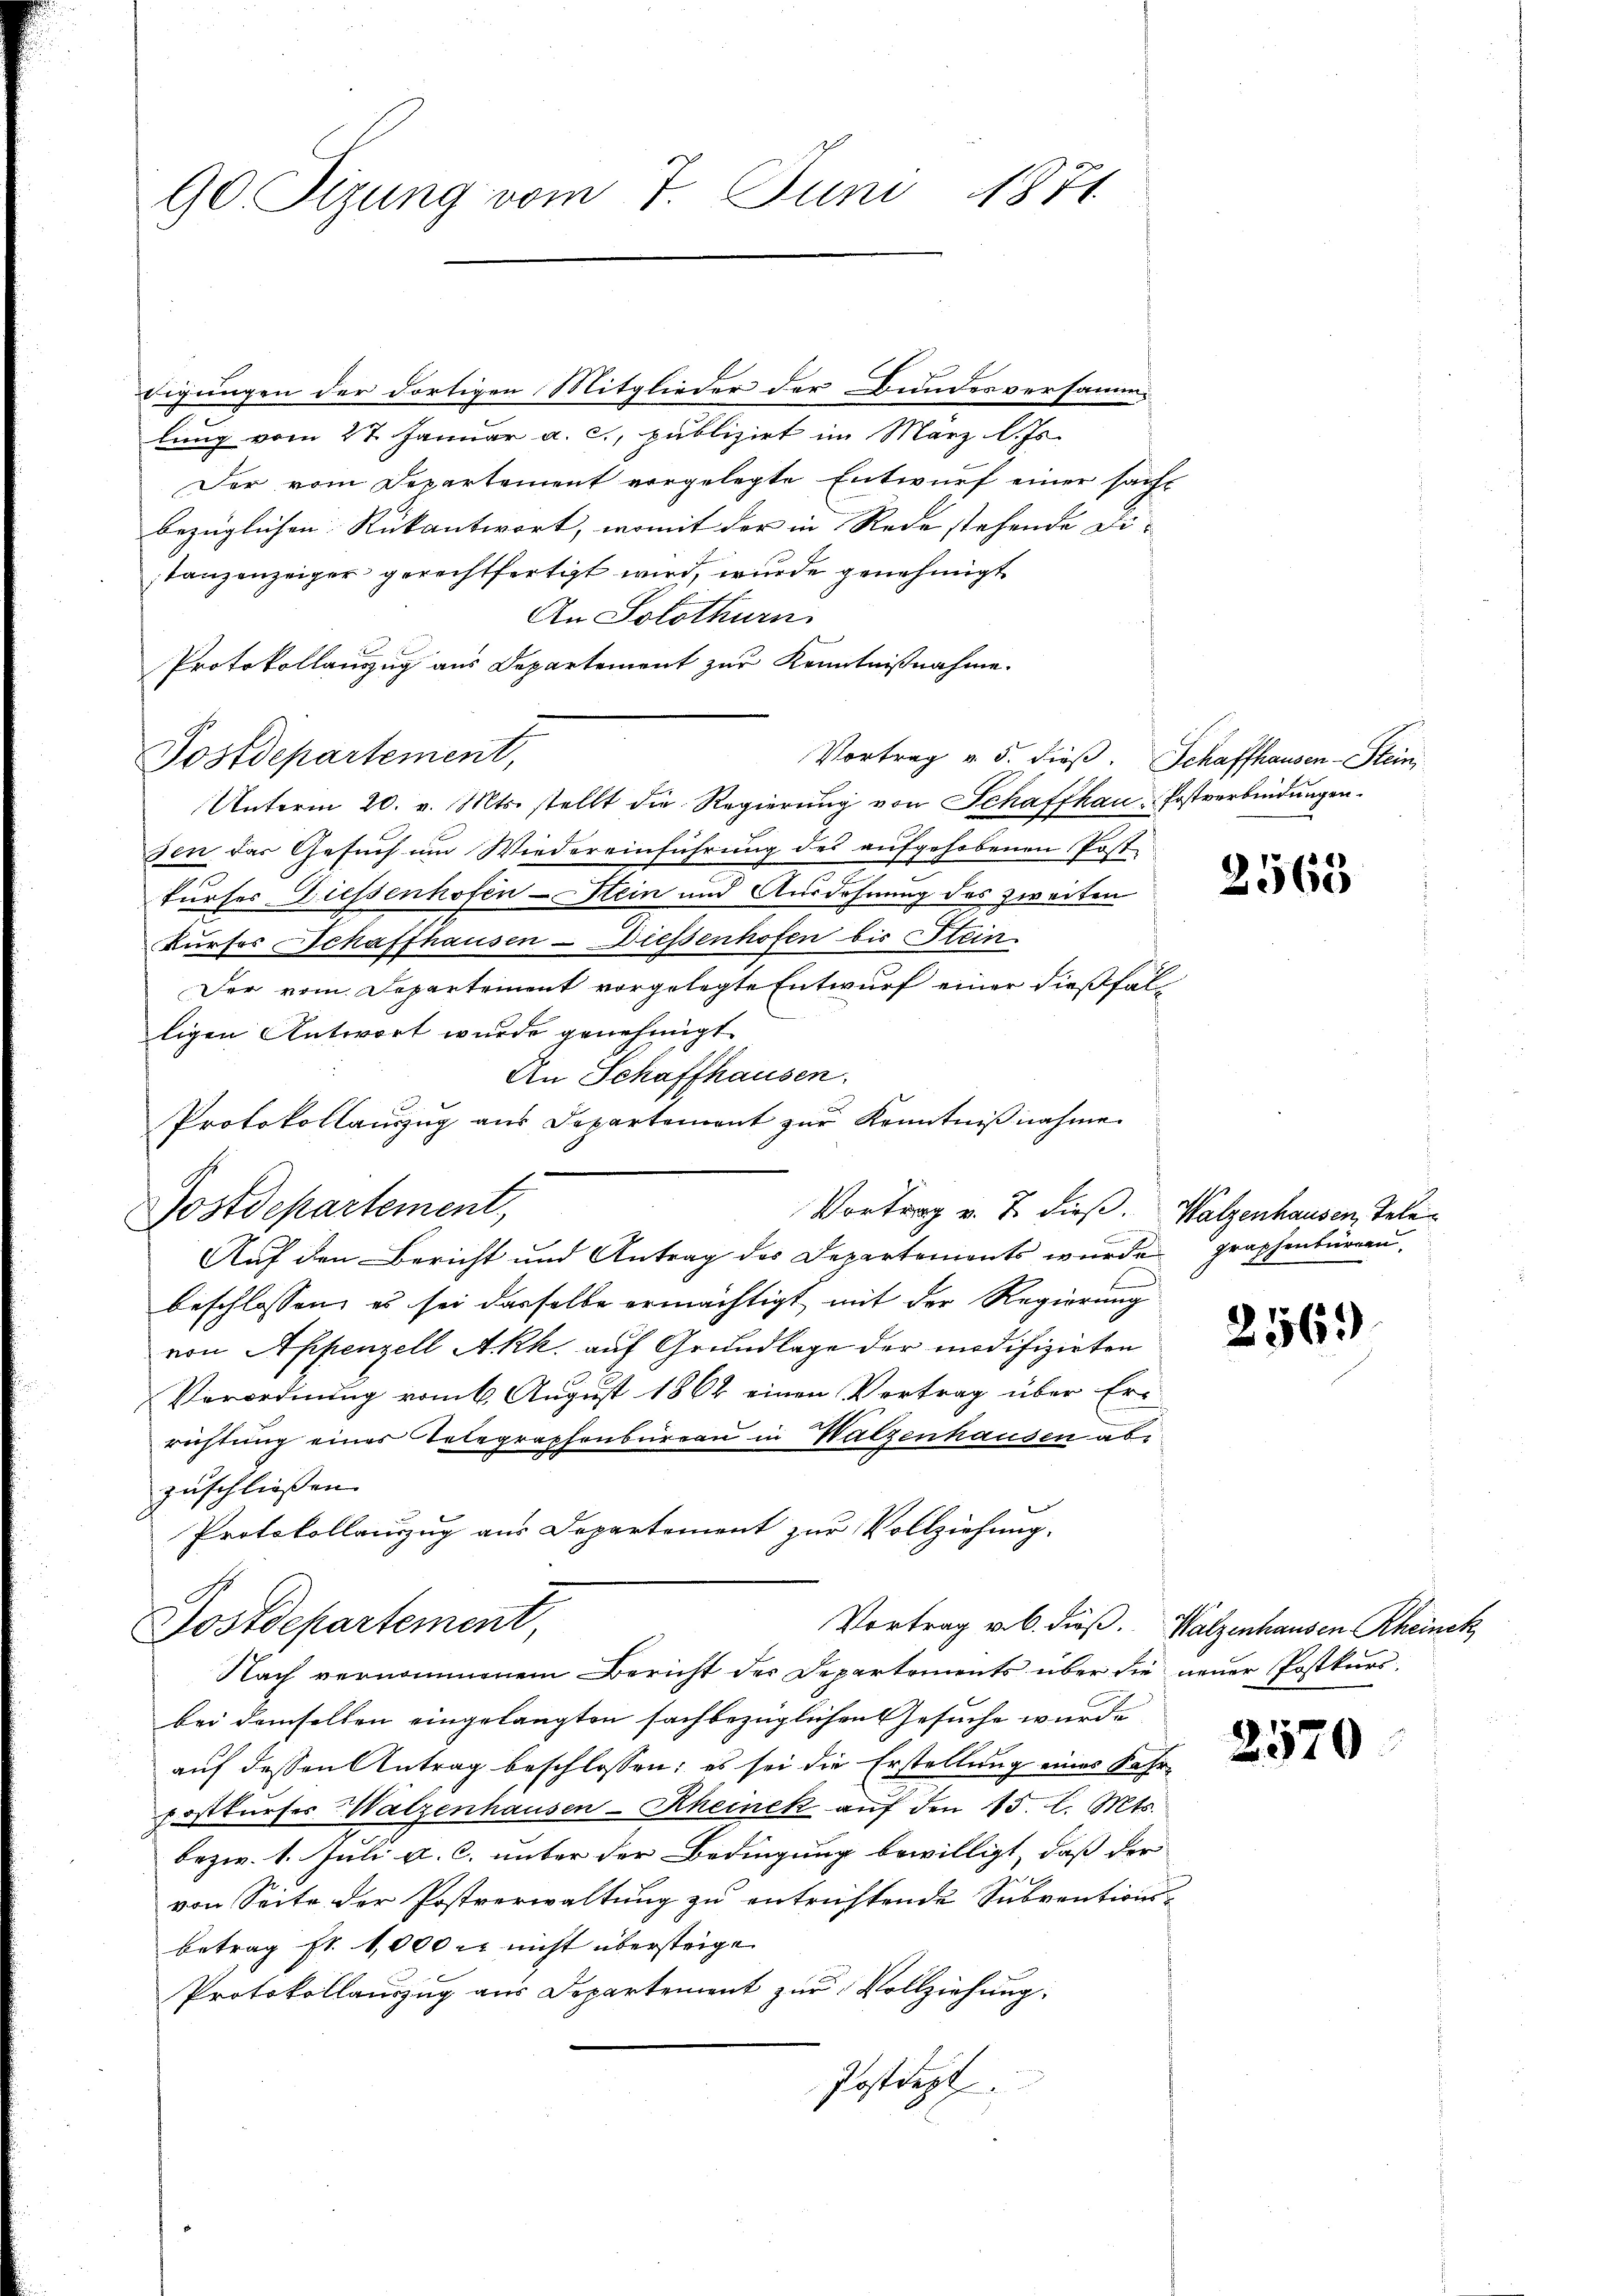
90 Tizung vom 7. Juni 1871

digungen der dortigen Mitglieder der Bundesversamm
lung vom 27. Januar a. c., publizirt im März l. Js.
Der vom Departement vorgelegte Entwurf einer sacht
bezüglichen Rükantwort, womit der in Rede stehende Ditanzenzeiger gerechtfertigt wird, wurde genehmigt
An Solothurn
Protokollanzug aus Departement zur Kenntnißnahme.
Postdepartement,
Vortrag v. 5. dieß. Schaffhausen-Stein
Unterm 20. v. Mts. stellt die Regierung von Schaffhau-Postverbindungen.
sen das Gesuch um Wiedereinführung des aufgehobenen Post
n
kurses Diessenhofen - Hein und Ausdehnung des zweiten
kurses Schaffhausen - Diessenhofen bis Stein
Der vom Departement vorgelegte Entwurf einer dießfälligen Antwort wurde genehmigt.
An Schaffhausen.
Protokollauszug aus Departement zur Kenntnißnahme
Postdepartement,
Auf den Bericht und Antrag des Departements wurde graphenbüren.
beschlossen, es sei dasselbe ermächtigt mit der Regierung
von Appenzell Akk. auf Grundlage der modifizirten
Verordnung vom 6. August 1862 einen Vertrag über Eri
richtung eines Telegraphenbüreau in Watzenhausen abe
zuschliessen.
Protokollauszug aus Departement zur Vollziehung.
Vortrag v. 6. dieß. Walzenhausen Rheinek
Postdepartement,
Nach vernommenem Bericht des Departements über die neuer Postkursbei demselben eingelangten sachbezüglichen Gesuche wurde |
auf dessen Antrag beschlossen; es sei die Erstellung eines Fahrpostkŭrses Walzenhausen-Rheinek aŭf den 15. l. Mts.
bezw. 1. Juli a. c. unter der Bedingung bewilligt, daß der
von Seite der Postverwaltung zu entrichtende Subventions-
betrag st. 1000 r. nicht übersteige
Protokollauszug aus Departement zur Vollziehung.
Jostdept

n
Vortrag v. J. dieß. Walzenhausen, Tele¬

2568

256.)

2570